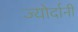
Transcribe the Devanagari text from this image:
ज्योर्दानी